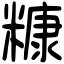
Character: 糠